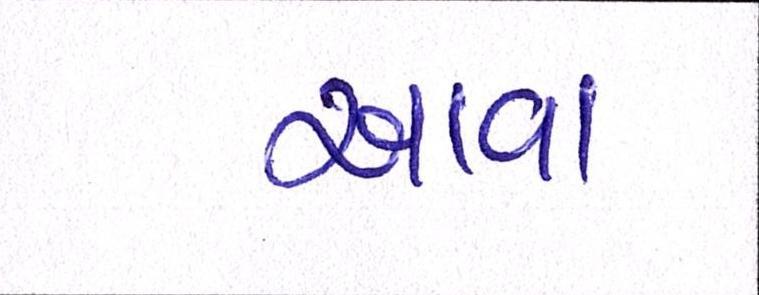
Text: આવા